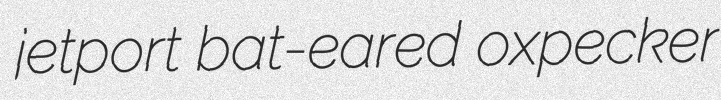
jetport bat-eared oxpecker